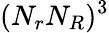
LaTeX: (N_{r}N_{R})^{3}